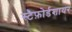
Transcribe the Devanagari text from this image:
स्टैफ़ोर्डशायर